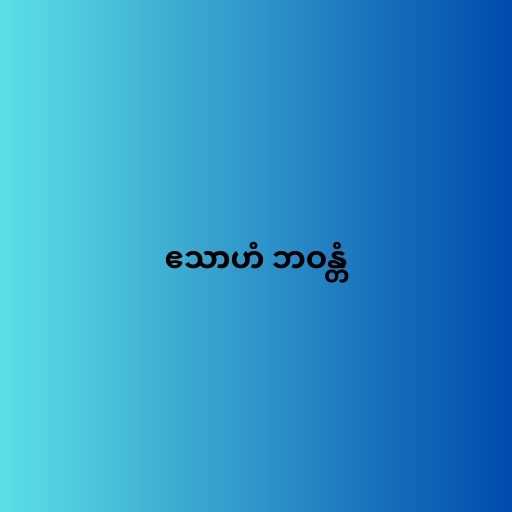
ဧသာဟံ ဘဝန္တံ